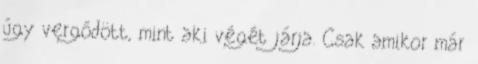
úgy vergődött, mint aki végét járja. Csak amikor már